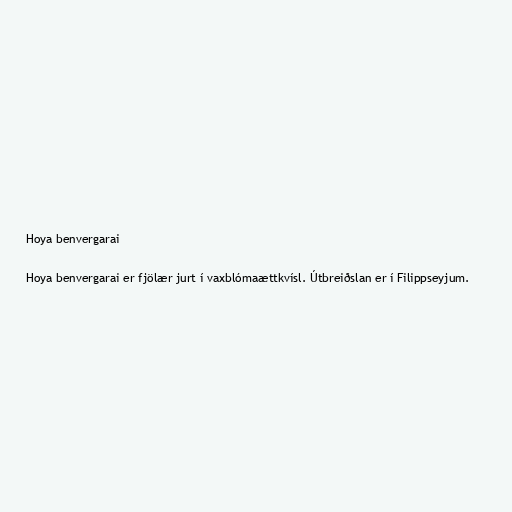
Hoya benvergarai

Hoya benvergarai er fjölær jurt í vaxblómaættkvísl. Útbreiðslan er í Filippseyjum.